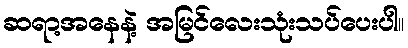
ဆရာ့အနေနဲ့ အမြင်လေးသုံးသပ်ပေးပါ။